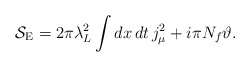
\begin{align*} {\cal S}_{\rm E} = 2\pi\lambda_L^2\int dx\,dt\, j_\mu^2 +i\pi N_f{\vartheta}.\end{align*}